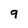
Character: 9